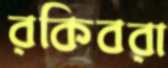
রকিবরা